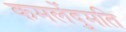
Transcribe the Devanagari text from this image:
कमलेंदुमति